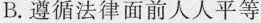
B.遵循法律面前人人平等